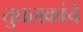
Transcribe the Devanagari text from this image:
तुघलकांचे